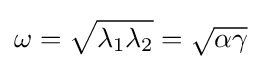
\omega ={\sqrt {\lambda _{1}\lambda _{2}}}={\sqrt {\alpha \gamma }}